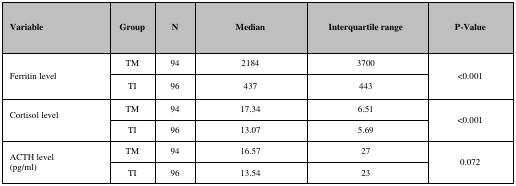
<table><thead><tr><td><b>Variable</b></td><td><b>Group</b></td><td><b>N</b></td><td><b>Median</b></td><td><b>Interquartile range</b></td><td><b>P-Value</b></td></tr></thead><tbody><tr><td rowspan="2">Ferritin level</td><td>TM</td><td>94</td><td>2184</td><td>3700</td><td rowspan="2">&lt;0.001</td></tr><tr><td>TI</td><td>96</td><td>437</td><td>443</td></tr><tr><td rowspan="2">Cortisol level</td><td>TM</td><td>94</td><td>17.34</td><td>6.51</td><td rowspan="2">&lt;0.001</td></tr><tr><td>TI</td><td>96</td><td>13.07</td><td>5.69</td></tr><tr><td rowspan="2">ACTH level (pg/ml)</td><td>TM</td><td>94</td><td>16.57</td><td>27</td><td rowspan="2">0.072</td></tr><tr><td>TI</td><td>96</td><td>13.54</td><td>23</td></tr></tbody></table>